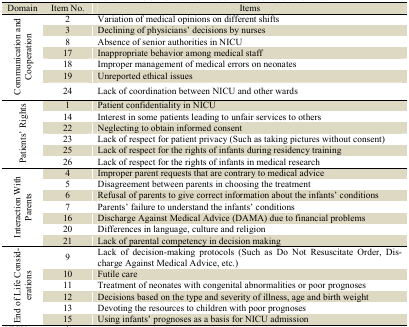
| Domain | Item No. | Items |
 | --- | --- | --- |
 | <ROWSPAN=7> Communication and Cooperation | 2 | Variation of medical opinions on different shifts |
 | 3 | Declining of physicians’ decisions by nurses |
 | 8 | Absence of senior authorities in NICU |
 | 17 | Inappropriate behavior among medical staff |
 | 18 | Improper management of medical errors on neonates |
 | 19 | Unreported ethical issues |
 | 24 | Lack of coordination between NICU and other wards |
 | <ROWSPAN=6> Patients’ Rights | 1 | Patient confidentiality in NICU |
 | 14 | Interest in some patients leading to unfair services to others |
 | 22 | Neglecting to obtain informed consent |
 | 23 | Lack of respect for patient privacy (Such as taking pictures without consent) |
 | 25 | Lack of respect for the rights of infants during residency training |
 | 26 | Lack of respect for the rights of infants in medical research |
 | <ROWSPAN=7> Interaction With Parents | 4 | Improper parent requests that are contrary to medical advice |
 | 5 | Disagreement between parents in choosing the treatment |
 | 6 | Refusal of parents to give correct information about the infants’ conditions |
 | 7 | Parents’ failure to understand the infants’ conditions |
 | 16 | Discharge Against Medical Advice (DAMA) due to financial problems |
 | 20 | Differences in language, culture and religion |
 | 21 | Lack of parental competency in decision making |
 | <ROWSPAN=6> End of Life Considerations | 9 | Lack of decision-making protocols (Such as Do Not Resuscitate Order, Discharge Against Medical Advice, etc.) |
 | 10 | Futile care |
 | 11 | Treatment of neonates with congenital abnormalities or poor prognoses |
 | 12 | Decisions based on the type and severity of illness, age and birth weight |
 | 13 | Devoting the resources to children with poor prognoses |
 | 15 | Using infants’ prognoses as a basis for NICU admission |